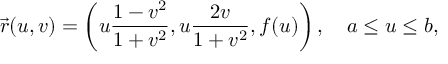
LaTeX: { \vec { r } } ( u , v ) = \left( u { \frac { 1 - v ^ { 2 } } { 1 + v ^ { 2 } } } , u { \frac { 2 v } { 1 + v ^ { 2 } } } , f ( u ) \right) , \quad a \leq u \leq b ,